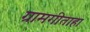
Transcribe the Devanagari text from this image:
ग्रामगीताहा